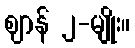
ဈာန် ၂-မျိုး။